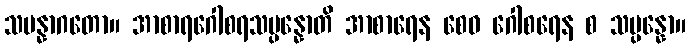
သမန္နာဂတော။ အာစာရဂေါစရသမ္ပန္နောတိ အာစာရေန စေဝ ဂေါစရေန စ သမ္ပန္နော။